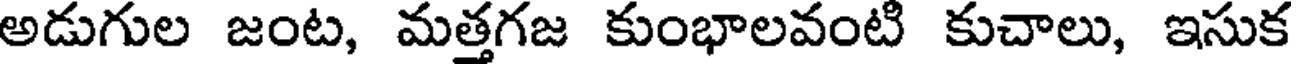
అడుగుల జంట, మత్తగజ కుంభాలవంటి కుచాలు, ఇసుక